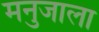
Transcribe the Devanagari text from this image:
मनुजाला